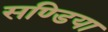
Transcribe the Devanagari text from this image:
सण्डिया